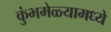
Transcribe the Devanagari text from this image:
कुंभमेळ्यामध्ये